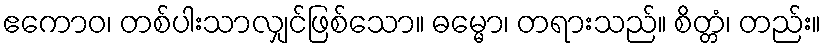
ဧကောဝ၊ တစ်ပါးသာလျှင်ဖြစ်သော။ ဓမ္မော၊ တရားသည်။ စိတ္တံ၊ တည်း။